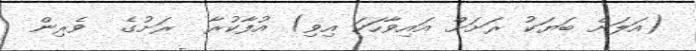
(އަލަށް ބަޔަކު ރަށަށް އައިވާހަކަ އިވި) އުފާކުރާ  ރަށުގެ  ވެރިން